Indian journal of veterinary science and animal husbandry - Volumes 24-25, 1954-1955
Year: 1954
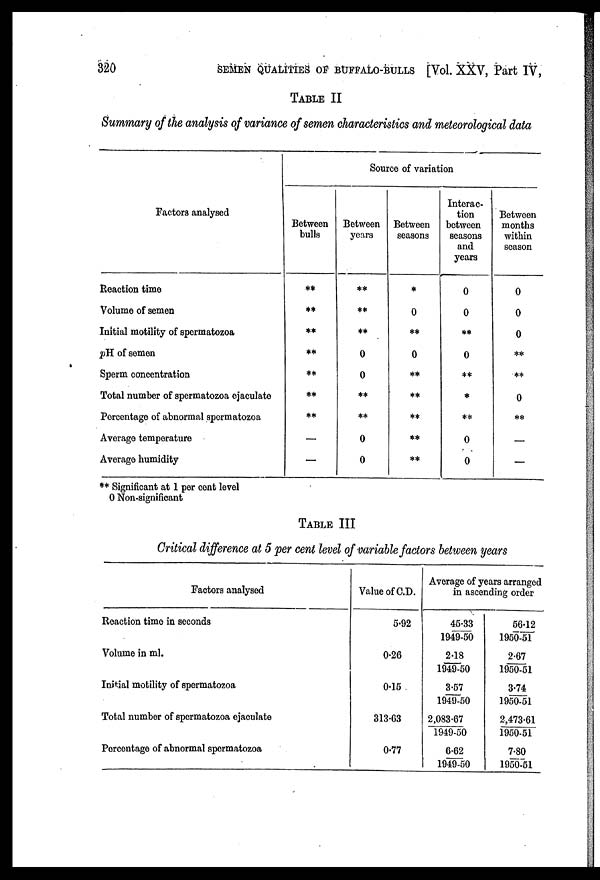
320
SEMEN QUALITIES OF BUFFALO-BULLS [Vol. XXV, Part IV,
TABLE II
Summary of the analysis of variance of semen characteristics and meteorological data
Factors analysed
Reaction time
Volume of semen
Initial motility of spermatozoa
pH of semen
Sperm concentration
Total number of spermatozoa ejaculate
Percentage of abnormal spermatozoa
Average temperature
Average humidity
Between
bulls
**
**
**
**
**
**
**
—
—
Source of variation
Between
years
**
**
**
0
0
**
**
0
0
Between
seasons
*
0
**
0
**
**
**
**
**
Interac*
tion
between
seasons
and
years
0
0
**
0
**
*
**
0
0
Between
months
within
season
0
0
0
**
**
0
**
—
—
** Significant at 1 per cent level
0 Non-significant
TABLE III
Critical difference at 5 per cent level of variable factors between years
Factors analysed
Reaction time in seconds
Volume in ml.
Initial motility of spermatozoa
Total number of spermatozoa ejaculate
Percentage of abnormal spermatozoa
Value of C.D.
5.92
0.26
0.15
313.63
0.77
Average of years arranged
in ascending order
45.33
1949-50
2.18
1949-50
3.57
1949-50
2,083.67
1949-50
6.62
1949-50
56.12
1950-51
2.67
1950-51
3.74
1950-51
2,473.61
1950-51
7.80
1950-51